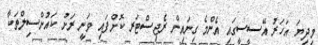
މިދިޔަ އަހަރު އޭސީސީގައި އެންމެ ގިނައިން ރެޖިސްޓަރ ކޮށްފައި ވަނީ ރަށު ކައުންސިލްތަކާ